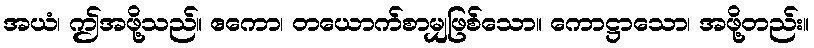
အယံ၊ ဤအဖို့သည်။ ဧကော၊ တယောက်စာမျှဖြစ်သော။ ကောဋ္ဌာသော၊ အဖို့တည်း။